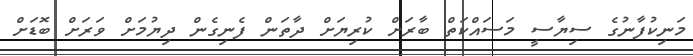
މަނިކުފާނުގެ ސިޔާސީ މަސައްކަތް ބާރަށް ކުރިޔަށް ދާތަން ފެނިގެން ދިޔުމަށް ވަރަށް ބޮޑަށް